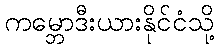
ကမ္ဘောဒီးယားနိုင်ငံသို့